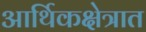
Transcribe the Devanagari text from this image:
आर्थिकक्षेत्रात